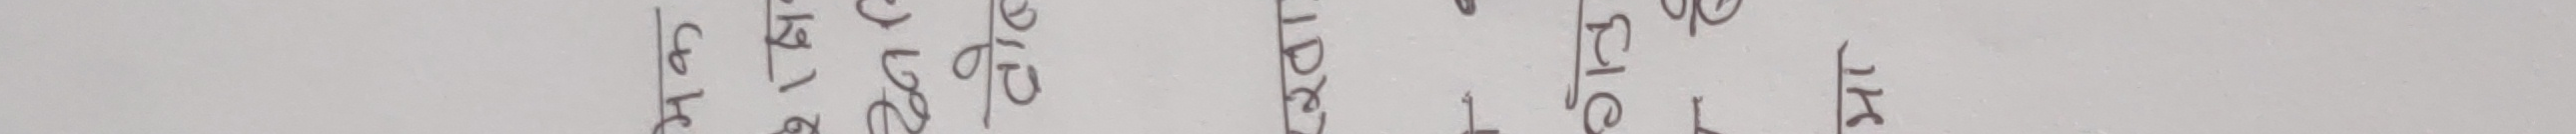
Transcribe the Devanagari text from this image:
गरिक अन्वेषण र अ